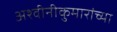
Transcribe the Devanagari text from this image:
अश्वीनीकुमारांच्या